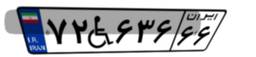
۷۲W۶۳۶۶۶